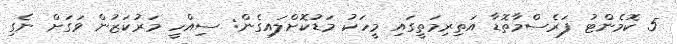
5 ކޮމެންޓު ފަރެސްމާތޮޑާ އަތިރިމަތީގައި މީހަކު މަޑުކޮށްލައިގެން: ސިއްހީ މަރުކަޒުން ވަގަށް ނެގި